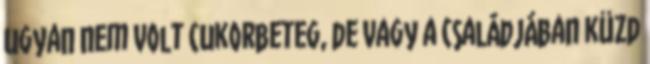
ugyan nem volt cukorbeteg, de vagy a családjában küzd